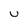
Character: U